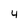
Character: 4